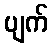
ပျက်